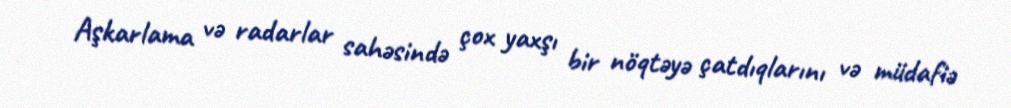
Aşkarlama və radarlar sahəsində çox yaxşı bir nöqtəyə çatdıqlarını və müdafiə